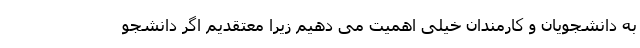
به دانشجویان و کارمندان خیلی اهمیت می دهیم زیرا معتقدیم اگر دانشجو